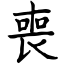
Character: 喪